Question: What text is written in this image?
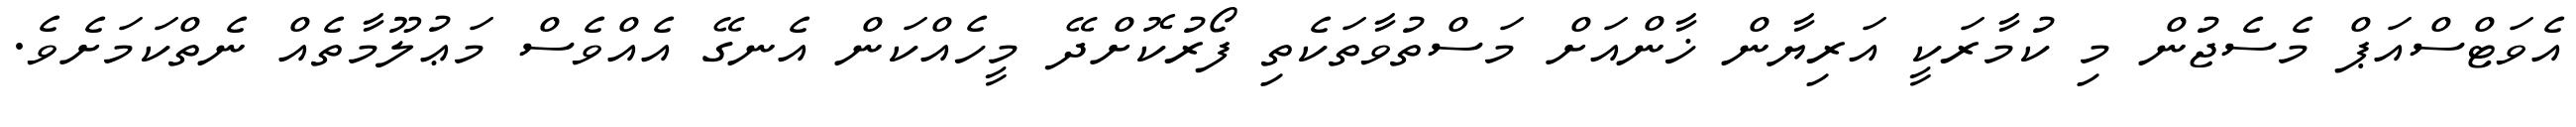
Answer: އެވަޓްސްއަޕް މެސެޖުން މި ކުމާރަކީ އަރިޔާން ޚާންއަށް މަސްތުވާތަކެތި ފޯރުކޮށްދޭ މީހެއްކަން އެނގޭ އެއްވެސް މަޢުލޫމާތެއް ނެތްކަމަށެވެ.